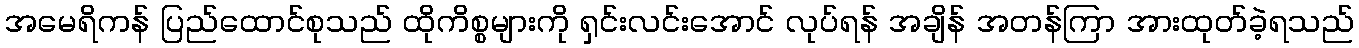
အမေရိကန် ပြည်ထောင်စုသည် ထိုကိစ္စများကို ရှင်းလင်းအောင် လုပ်ရန် အချိန် အတန်ကြာ အားထုတ်ခဲ့ရသည်